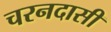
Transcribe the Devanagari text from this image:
चरनदासी